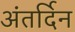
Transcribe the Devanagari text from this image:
अंतर्दिन